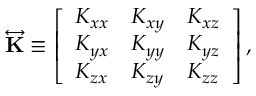
\begin{array} { r } { \overleftrightarrow { \mathbf { K } } \equiv \left[ \begin{array} { l l l } { K _ { x x } } & { K _ { x y } } & { K _ { x z } } \\ { K _ { y x } } & { K _ { y y } } & { K _ { y z } } \\ { K _ { z x } } & { K _ { z y } } & { K _ { z z } } \end{array} \right] , } \end{array}